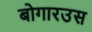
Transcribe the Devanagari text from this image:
बोगारउस